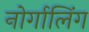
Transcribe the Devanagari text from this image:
नोर्गालिंग